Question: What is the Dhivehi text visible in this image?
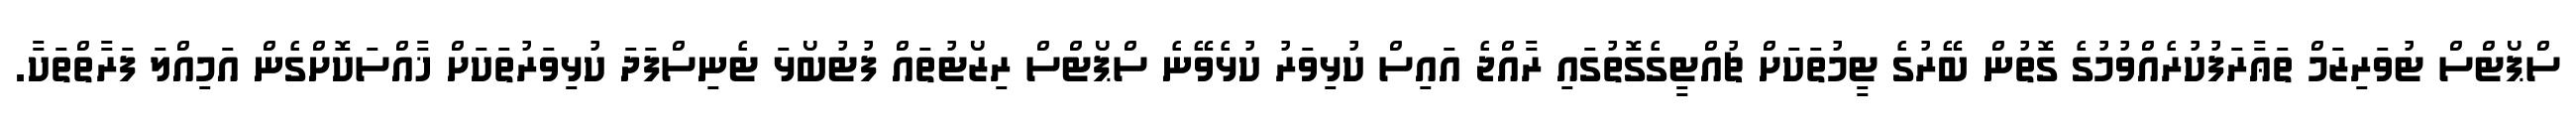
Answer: ސްޕޯޓްސް ޓުވަރިޒަމް ތަޢާރަފުކުރެއްވުމުގެ ގޮތުން ބޭރުގެ ޓީމުތަކަށް ޗުއްޓީގެގޮތުގައި ރާއްޖެ އައިސް ކުޅިވަރު ކުޅެވޭނެ ސްޕޯޓްސް ރިޒޯޓުތައް ފުޓުބޯޅަ ޓެނިސްފަދަ ކުޅިވަރުތަކަށް ޚާއްސަކޮށްގެން އަމިއްލަ ފަރާތްތަކާ.